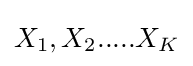
{X_{1},X_{2}.....X_{K}}